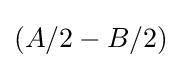
{\textstyle (A/2-B/2)}